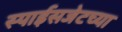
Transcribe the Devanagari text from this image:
स्पाईसजेटच्या